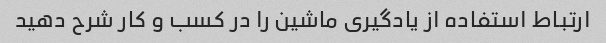
ارتباط استفاده از یادگیری ماشین را در کسب و کار شرح دهید